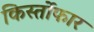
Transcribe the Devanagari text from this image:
किर्स्तोफार